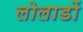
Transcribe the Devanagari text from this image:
लोलाडों